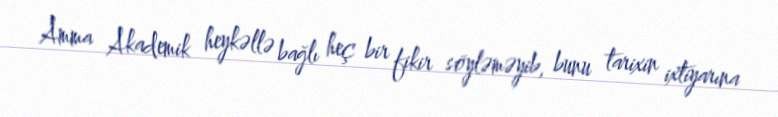
Amma Akademik heykəllə bağlı heç bir fikir söyləməyib, bunu tarixin ixtiyarına